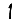
Digit: 1